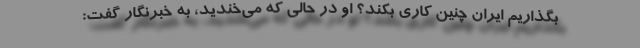
بگذاریم ایران چنین کاری بکند؟ او در حالی که می‌خندید، به خبرنگار گفت: